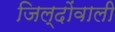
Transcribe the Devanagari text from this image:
जिल्दोंवाली